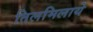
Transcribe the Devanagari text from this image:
तिलमिलाये